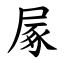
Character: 㞘